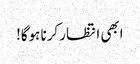
ابھی انتظار کرنا ہوگا!